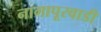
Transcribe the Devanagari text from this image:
नागापूरवाडी